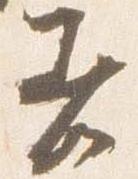
着